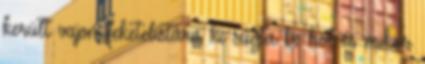
került vajon feketelistára ki súgta be hol és mikor